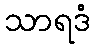
သာရဒံ